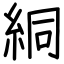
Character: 絧